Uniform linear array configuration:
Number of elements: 8
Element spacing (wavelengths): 1
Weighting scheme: hamming
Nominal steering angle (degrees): -45
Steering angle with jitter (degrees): -46.792
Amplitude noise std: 0.05
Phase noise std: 0.05

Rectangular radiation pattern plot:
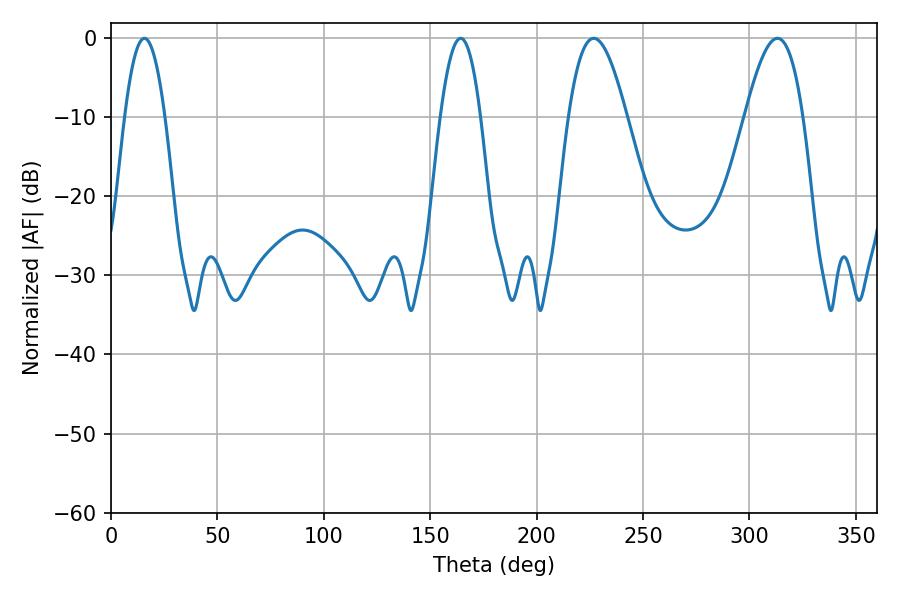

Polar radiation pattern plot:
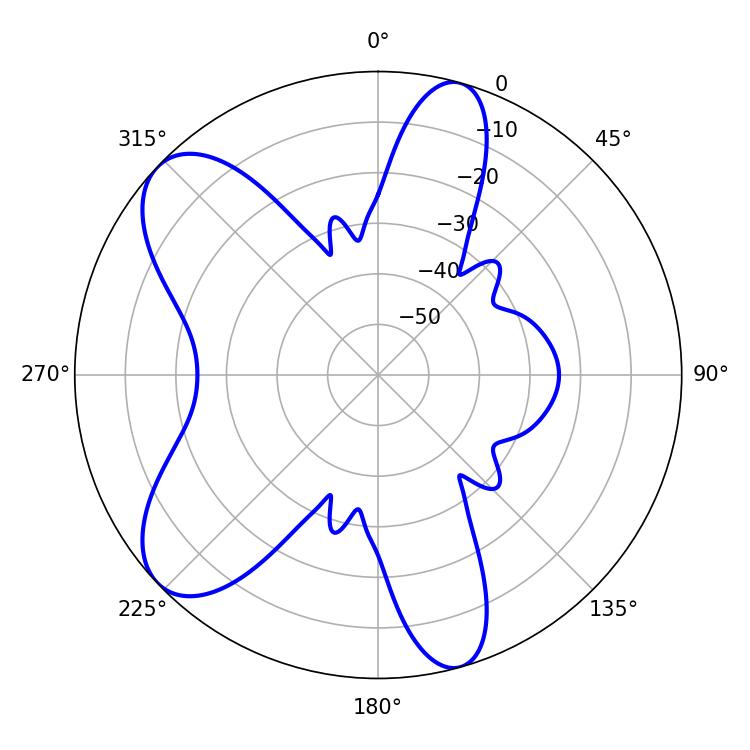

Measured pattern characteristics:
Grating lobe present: TRUE
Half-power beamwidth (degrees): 14.76
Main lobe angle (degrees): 226.8